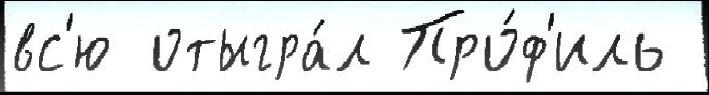
вс'ю отыгра́л Про́ф'иль